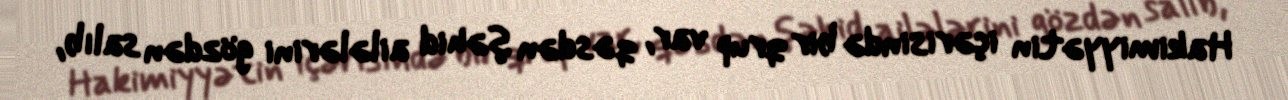
Hakimiyyətin içərisində bir qrup var, qəsdən şəhid ailələrini gözdən salıb,